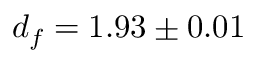
d _ { f } = 1 . 9 3 \pm 0 . 0 1